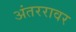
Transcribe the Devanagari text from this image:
अंतररावर